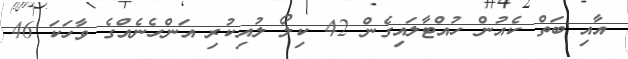
އާއި ބަތް ކެއުން ހުއްޓާލައިގެން 42 ކިލޯ ލުއިކުރި އަންހެނެއްގެ ވާހަކަ 46